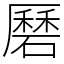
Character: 磿